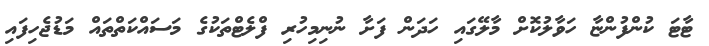
ޓާޓަ ކުންފުންޏާ ހަވާލުކޮށް މާލޭގައި ހަދަން ފަށާ ނުނިމިހުރި ފްލެޓްތަކުގެ މަސައްކަތްތައް މަޑުޖެހިފައި